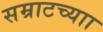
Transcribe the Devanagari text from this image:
सम्राटच्याा